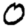
Digit: 0